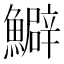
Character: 𩼎